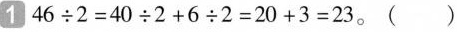
1 $$4 6 \div 2 = 4 0 \div 2 + 6 \div 2 = 2 0 + 3 = 2 3$$。 （ ）